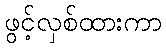
ဖွင့်လှစ်ထားကာ